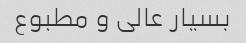
بسیار عالی و مطبوع